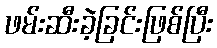
ဖမ်းဆီးခဲ့ခြင်းဖြစ်ပြီး